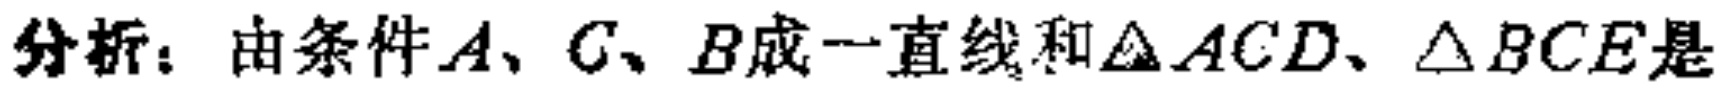
分析：由条件\(A、C、B\)成一直线和\(\triangle ACD、\triangle BCE\)是